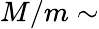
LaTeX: M/m\sim